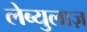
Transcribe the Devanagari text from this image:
लेब्युलाज़